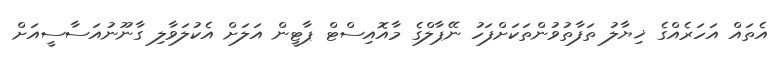
އެތައް އަހަރެއްގެ ޚިޔާލު ތަފާތުވުންތަކަށްފަހު ނޭޕާލްގެ މާއޮއިސްޓް ޕާޓީން އަލަށް އެކުލަވާލި ގާނޫނުއަސާސީއަށް